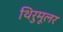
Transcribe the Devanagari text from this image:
थिरुमूलर